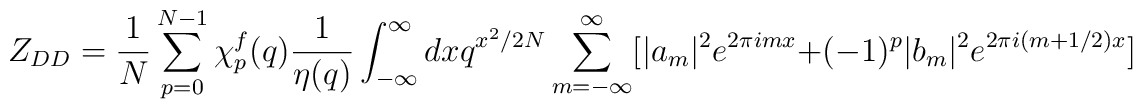
Z_{DD}={1\over N}\sum_{p=0}^{N-1}\chi^f_p(q){1\over \eta(q)}\int_{-\infty}^\infty dx q^{x^2/2N}\sum_{m=-\infty}^\infty  [|a_m|^2e^{2\pi imx}+(-1)^p|b_m|^2e^{2\pi i(m+1/2)x}]